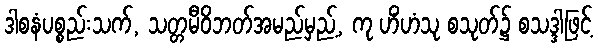
ဒါစနံပစ္စည်းသက်, သတ္တမီဝိဘတ်အမည်မှည့်, ကု ဟိံဟံသု စသုတ်၌ စသဒ္ဒါဖြင့်